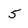
Character: 5